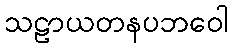
သဠာယတနပဘဝေါ